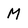
Character: M